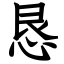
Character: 恳